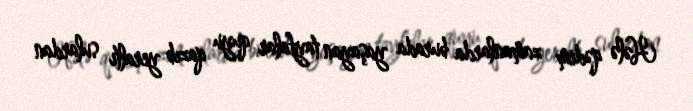
Hələ qədim zamanlarda burada yaşayan tayfalar quyu qazıb yeraltı sulardan